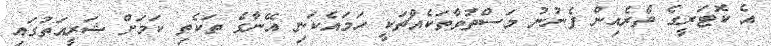
އެ ކޮޓަރީގެ ތެރެއިން ފެނުނު މަސްތުވާތަކެއްޗަކީ ހަމައެކަނި އޭނާގެ ތަކެތި ކަމަށް ޝަރީއަތުގައި